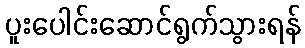
ပူးပေါင်းဆောင်ရွက်သွားရန်